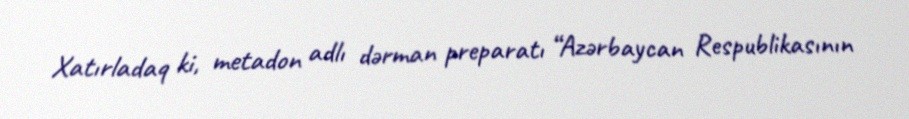
Xatırladaq ki, metadon adlı dərman preparatı “Azərbaycan Respublikasının